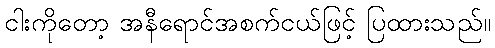
ငါးကိုတော့ အနီရောင်အစက်ငယ်ဖြင့် ပြထားသည်။